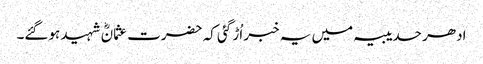
ادھر حدیبیہ میں یہ خبر اُڑ گئی کہ حضرت عثمانؓ شہید ہوگئے۔